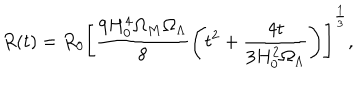
R ( t ) = R _ { 0 } \left[ \frac { 9 H _ { 0 } ^ { 4 } \Omega _ { M } \Omega _ { \Lambda } } { 8 } \left( t ^ { 2 } + \frac { 4 t } { 3 H _ { 0 } ^ { 2 } \Omega _ { \Lambda } } \right) \right] ^ { \frac { 1 } { 3 } } ,